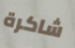
شاكرة